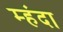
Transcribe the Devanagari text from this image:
म्हंदा